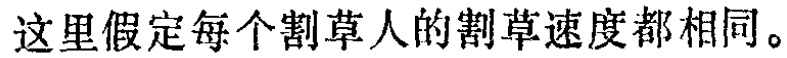
这里假定每个割草人的割草速度都相同。